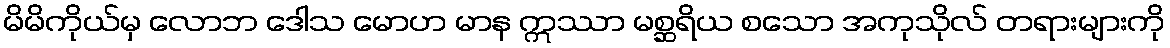
မိမိကိုယ်မှ လောဘ ဒေါသ မောဟ မာန ဣဿာ မစ္ဆရိယ စသော အကုသိုလ် တရားများကို